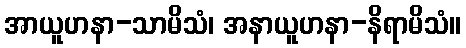
အာယူဟနာ-သာမိသံ၊ အနာယူဟနာ-နိရာမိသံ။